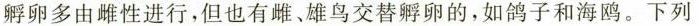
孵卵多由雌性进行，但也有雌、雄鸟交替孵卵的，如鸽子和海鸥。下列